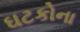
ઘટકોના